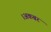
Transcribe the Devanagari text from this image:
।अकबर